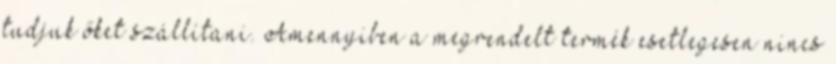
tudjuk őket szállítani. Amennyiben a megrendelt termék esetlegesen nincs